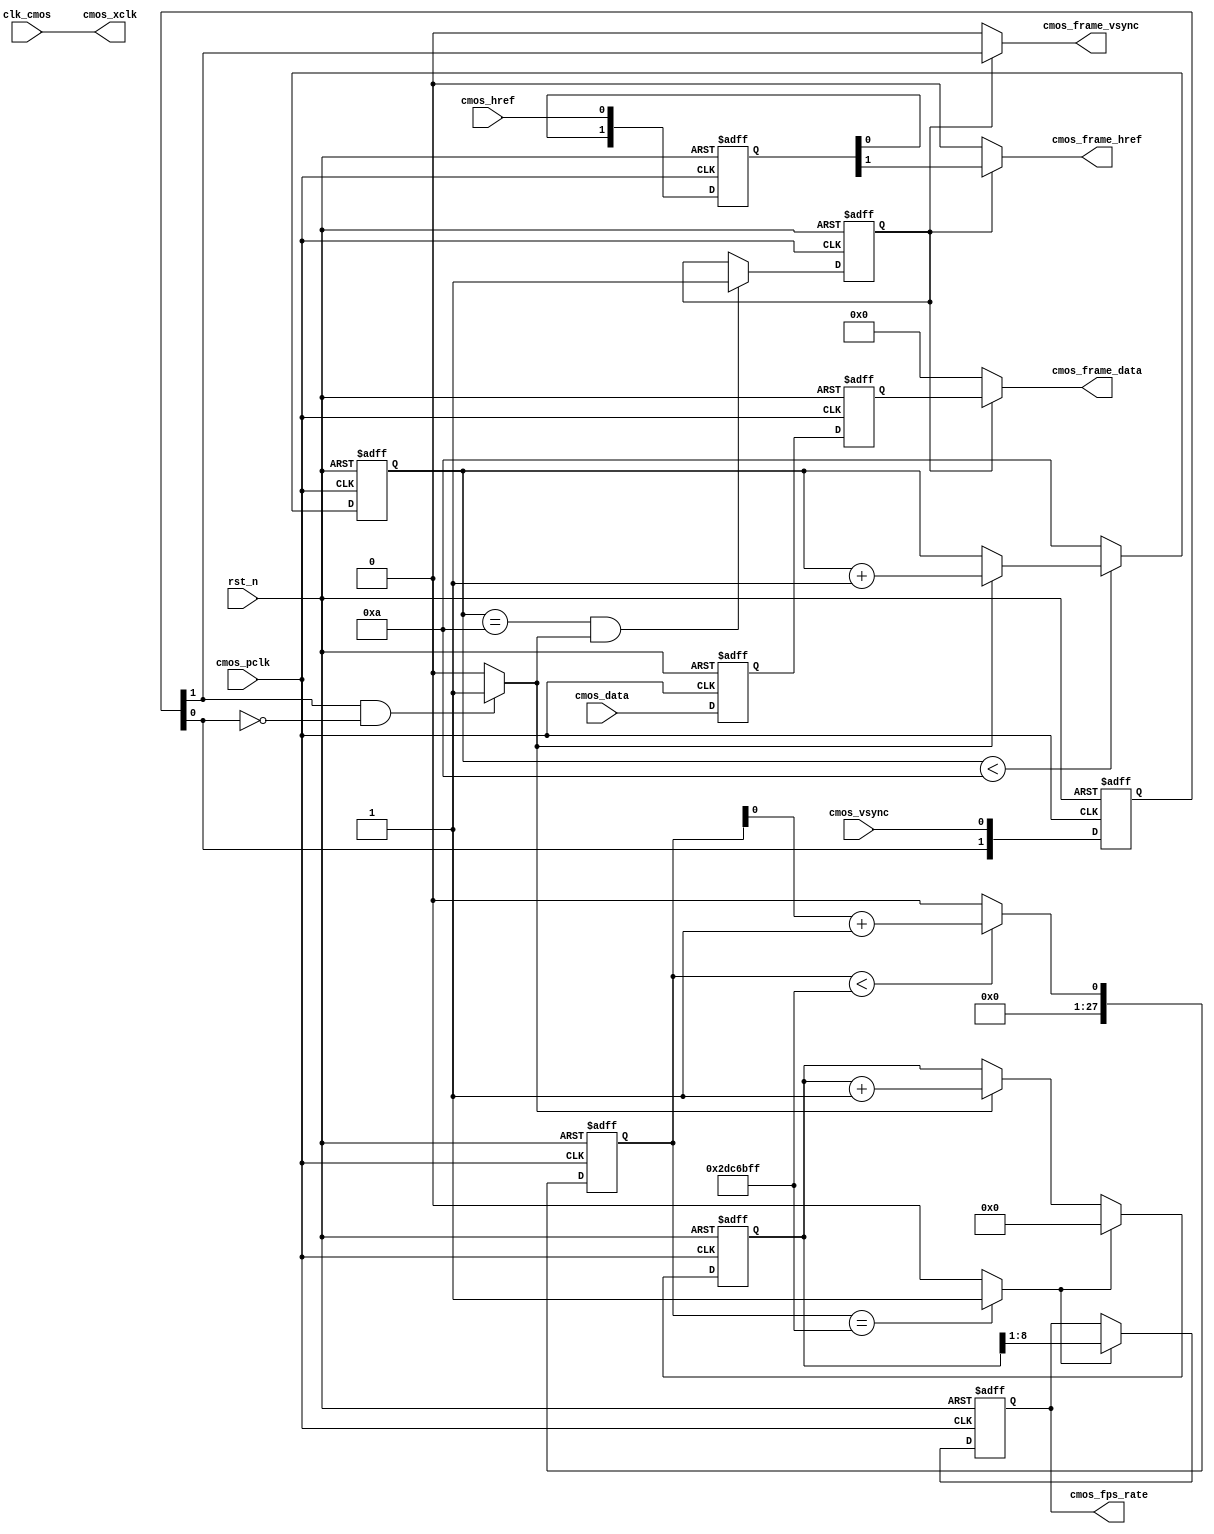
/////////////////////////////////////////////////////////////////////////
// Module Name: system_init_delay
// Project Name: SGMatch
// Target Devices: 
// Tool Versions: 
// Description:
// Revision: 1.01
// Additional Comments:
//////////////////////////////////////////////////////////////////////////
`timescale 1ns/1ns
module CMOS_Capture_RAW_Gray
#(
	parameter			CMOS_FRAME_WAITCNT	=	4'd10		//Wait n fps for steady										
)
(
	//global clock
	input				clk_cmos,			//24MHz CMOS Driver clock input
	input				rst_n,				//global reset

	//CMOS Sensor Interface
	input				cmos_pclk,			//24MHz CMOS Pixel clock input
	output				cmos_xclk,			//24MHz drive clock
	input				cmos_vsync,			//H : Data Valid; L : Frame Sync(Set it by register)
	input				cmos_href,			//H : Data vaild, L : Line Sync
	input		[7:0]	cmos_data,			//8 bits cmos data input
	
	//CMOS SYNC Data output
	output				cmos_frame_vsync,	//cmos frame data vsync valid signal
	output				cmos_frame_href,	//cmos frame data href vaild  signal
	output		[7:0]	cmos_frame_data,	//cmos frame RAW output	
	
	//user interface
	output	reg	[7:0]	cmos_fps_rate		//cmos frame output rate
);
assign	cmos_xclk = clk_cmos;	//24MHz CMOS XCLK output

//-----------------------------------------------------
//Sensor HS & VS Vaild Capture
/**************************************************					       
         _________________________________
VS______|                                 |________
	            _______	 	     _______
HS_____________|       |__...___|       |____________
**************************************************/
//-------------------------------------------------------------
//sync the frame vsync and href signal and generate frame begin & end signal
reg	[1:0]	cmos_vsync_r, cmos_href_r;
reg	[7:0]	cmos_data_r0, cmos_data_r1;
always@(posedge cmos_pclk or negedge rst_n)
begin
	if(!rst_n)
		begin
		cmos_vsync_r <= 0;
		cmos_href_r <= 0;
		{cmos_data_r1, cmos_data_r0} <= 0;
		end
	else
		begin
		cmos_vsync_r <= {cmos_vsync_r[0], cmos_vsync};
		cmos_href_r <= {cmos_href_r[0], cmos_href};
		{cmos_data_r1, cmos_data_r0} <= {cmos_data_r0, cmos_data};
		end
end
//wire	cmos_vsync_begin 	= 	(~cmos_vsync_r[0] & cmos_vsync_r[1]) ? 1'b1 : 1'b0;	
wire	cmos_vsync_end 		= 	(cmos_vsync_r[1] & ~cmos_vsync_r[0]) ? 1'b1 : 1'b0;	

//----------------------------------------------------------------------------------
//Wait for Sensor output Data valid 10 Frame of OmniVision
reg	[3:0]	cmos_fps_cnt;
always@(posedge cmos_pclk or negedge rst_n)
begin
	if(!rst_n)
		cmos_fps_cnt <= 0;
	else	//Wait until cmos init complete
		begin
		if(cmos_fps_cnt < CMOS_FRAME_WAITCNT)	
			cmos_fps_cnt <= cmos_vsync_end ? cmos_fps_cnt + 1'b1 : cmos_fps_cnt;
		else
			cmos_fps_cnt <= CMOS_FRAME_WAITCNT;
		end
end

//----------------------------------------------------------------------------------
//Come ture frame synchronization to ignore error frame or has not capture when vsync begin
reg		frame_sync_flag;
always@(posedge cmos_pclk or negedge rst_n)
begin
	if(!rst_n)
		frame_sync_flag <= 0;
	else if(cmos_fps_cnt == CMOS_FRAME_WAITCNT && cmos_vsync_end == 1)
		frame_sync_flag <= 1;
	else
		frame_sync_flag <= frame_sync_flag;
end


assign	cmos_frame_vsync = frame_sync_flag ? cmos_vsync_r[1] : 1'b0;//DFF 2 clocks
assign	cmos_frame_href  = frame_sync_flag ? cmos_href_r[1] : 1'b0;	//DFF 2 clocks
assign	cmos_frame_data	 = frame_sync_flag ? cmos_data_r1 : 8'd0;	//DFF 2 clocks

//----------------------------------------------------------------------------------------------------------
//----------------------------------------------------------------------------------------------------------
//Delay 2s for cmos fps counter
localparam	DELAY_TOP = 2 * 24_000000;	//2s delay: count fps rate per 2 second
reg	[27:0]	delay_cnt;
wire delay_cnt_w = delay_cnt + 1'b1;
always@(posedge cmos_pclk or negedge rst_n)
begin
	if(!rst_n)
		delay_cnt <= 0;
	else if(delay_cnt < DELAY_TOP - 1'b1)
		delay_cnt <= delay_cnt_w;
	else
		delay_cnt <= 0;
end
wire	delay_2s = (delay_cnt == DELAY_TOP - 1'b1) ? 1'b1 : 1'b0;

//-------------------------------------
//cmos image output rate counter
reg	[8:0]	cmos_fps_cnt2;
always@(posedge cmos_pclk or negedge rst_n)
begin
	if(!rst_n)
		begin
		cmos_fps_cnt2 <= 0;
		cmos_fps_rate <= 0;
		end
	else if(delay_2s == 1'b0)	//time is not reached
		begin
		cmos_fps_cnt2 <= cmos_vsync_end ? cmos_fps_cnt2 + 1'b1 : cmos_fps_cnt2;
		cmos_fps_rate <= cmos_fps_rate;
		end
	else	//time up
		begin
		cmos_fps_cnt2 <= 0;
		cmos_fps_rate <= cmos_fps_cnt2[8:1];	//divide by 2 due to we counted 2 second fps
		end
end


endmodule